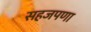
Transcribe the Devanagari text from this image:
सहजपणा